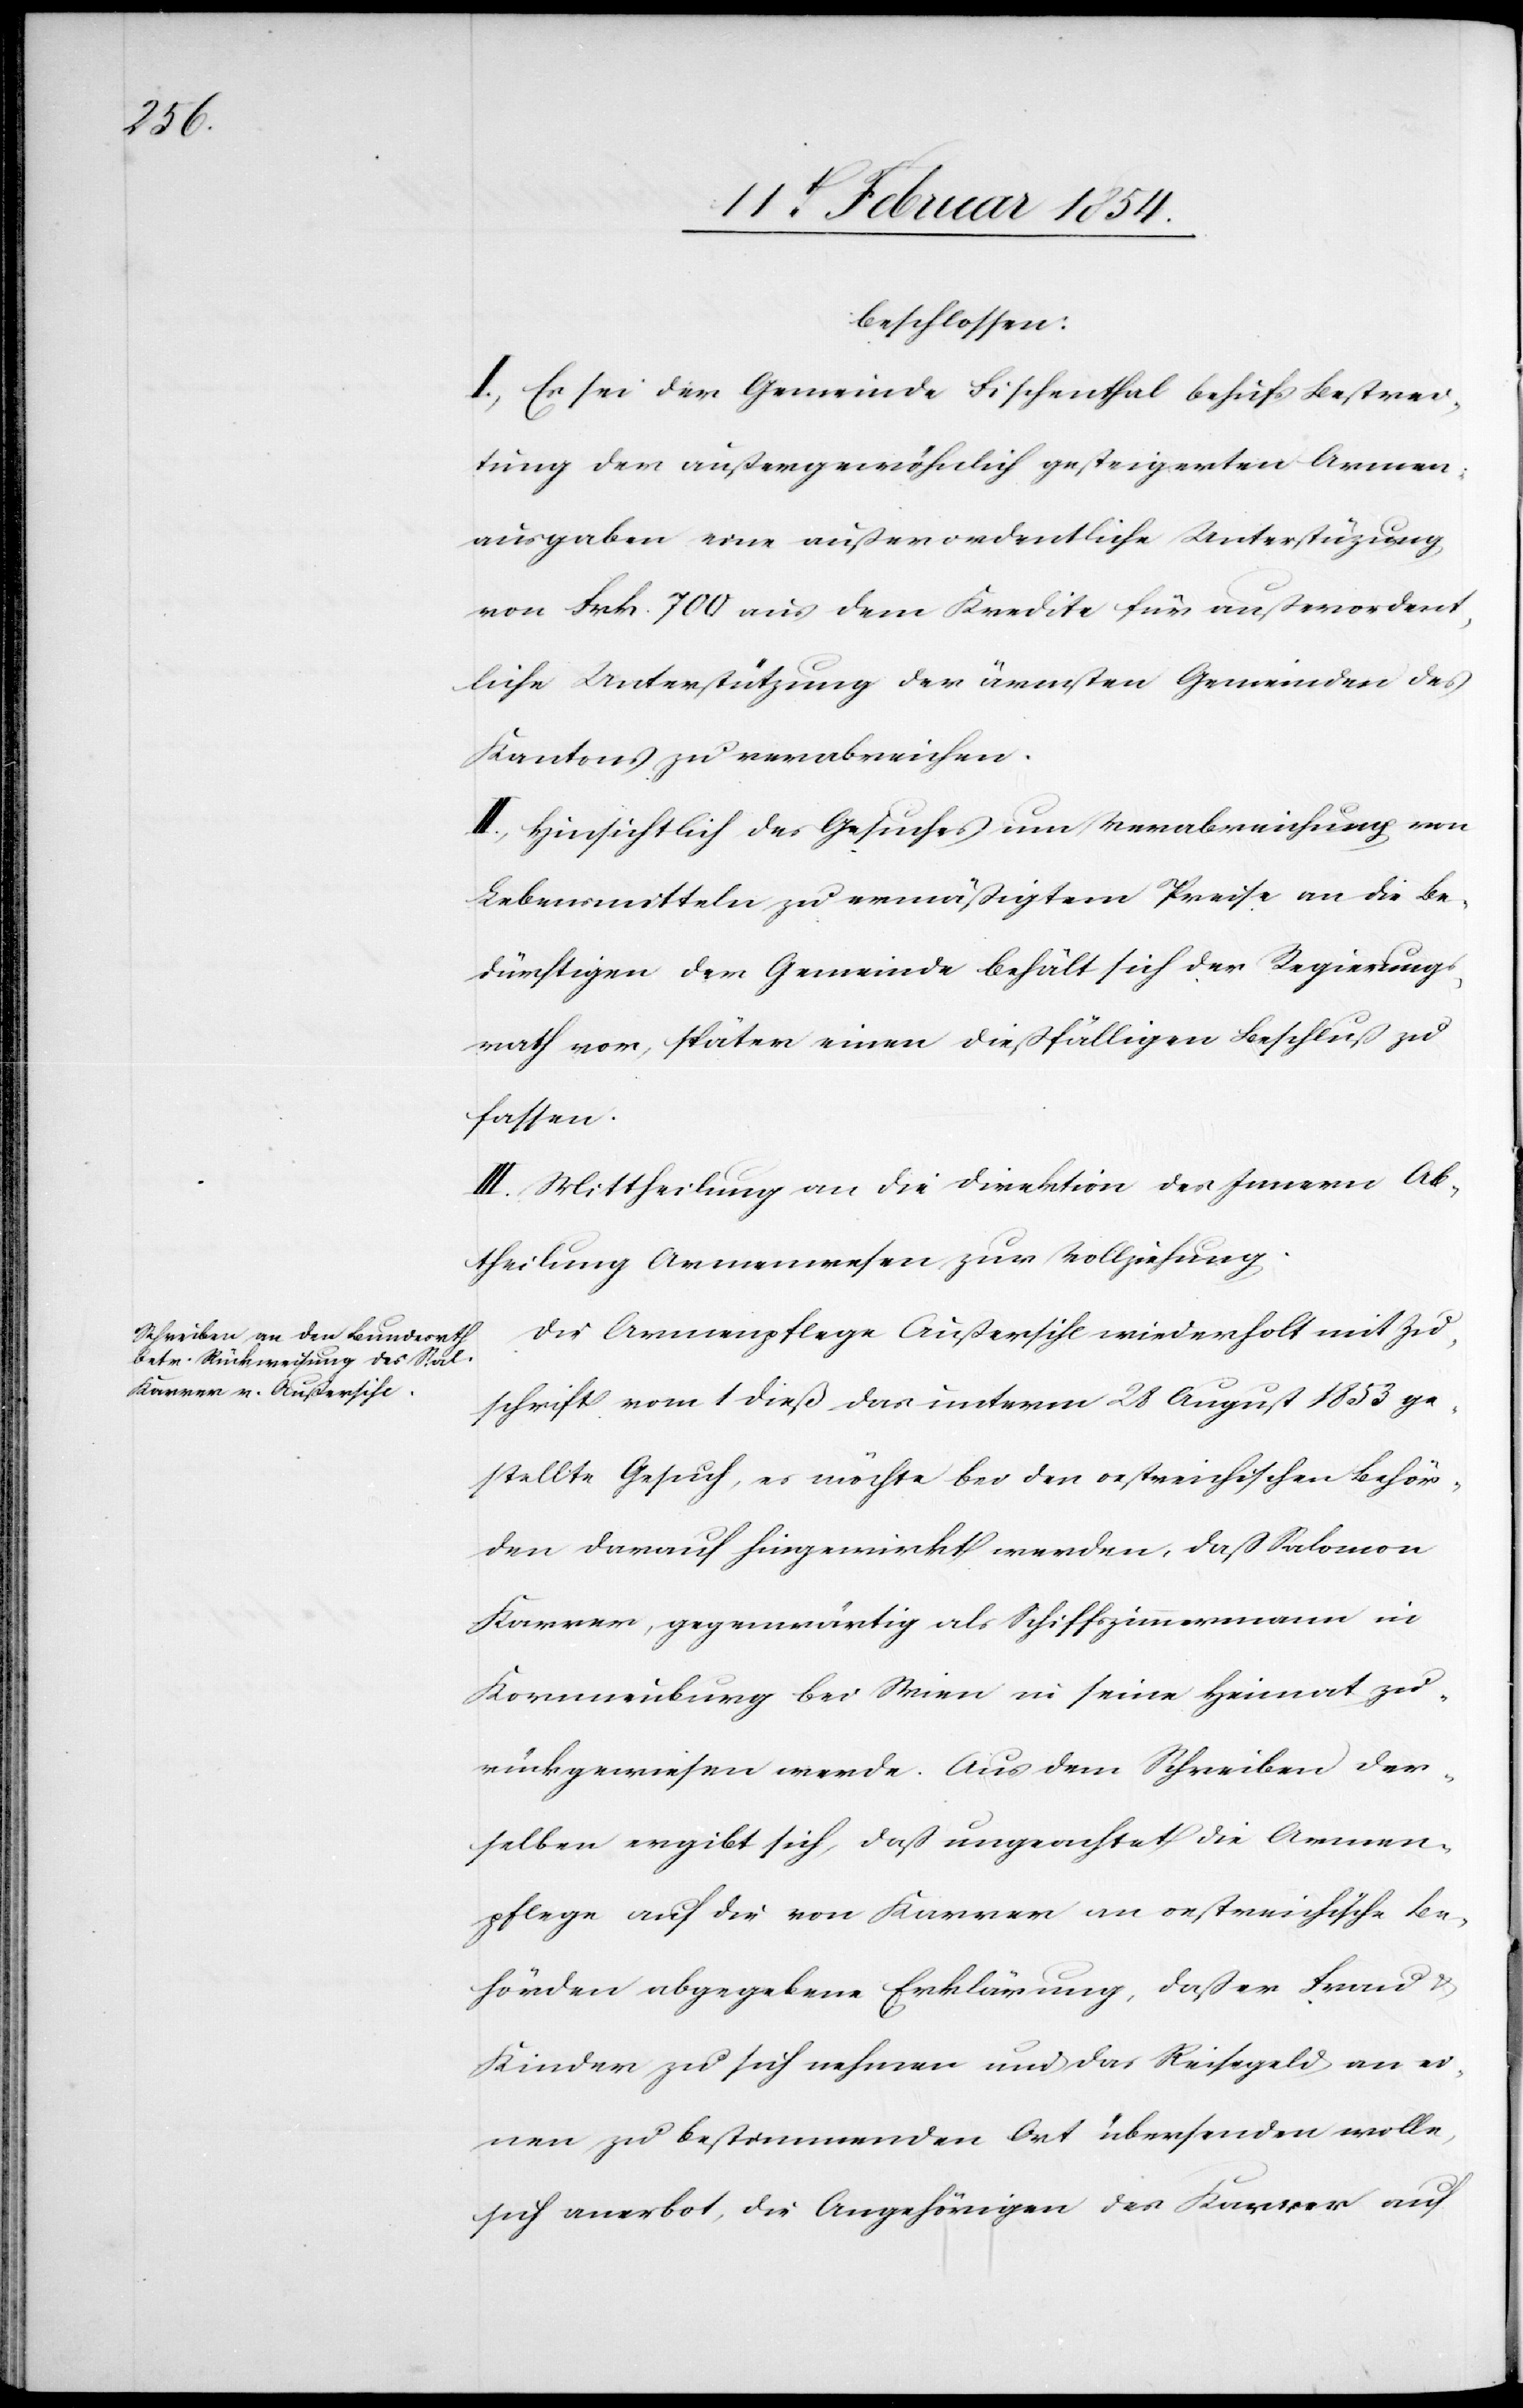
beschlossen:
I. Es sei die Gemeinde Fischenthal behufs Bestrei¬
tung der außergewöhnlich gesteigerten Armen¬
ausgaben eine außerordentliche Unterstützung
von Frk. 700 aus dem Kredite für außerordent¬
liche Unterstützung der ärmsten Gemeinden des
Kantons zu verabreichen.
II. Hinsichtlich des Gesuches um Verabreichung von
Lebensmitteln zu ermäßigtem Preise an die Be¬
dürftigen der Gemeinde behält sich der Regierungs¬
rath vor, später einen dießfälligen Beschluß zu
fassen.
II. Mittheilung an die Direktion des Innern Ab¬
theilung Armenwesen zur Vollziehung.
Die Armenpflege Außersihl wiederholt mit Zu¬
schrift vom 1 dieß das unterm 28 August 1853 ge¬
stellte Gesuch, es möchte bei den oestreichischen Behör¬
den darauf hingewirkt werden, daß Salomon
Kärrer, gegenwärtig als Schiffszimmermann in
Kornneuburg bei Wien in seine Heimat zu¬
rückgewiesen werde. Aus dem Schreiben der¬
selben ergibt sich, daß ungeachtet die Armen¬
pflege auf die von Kärrer an oestreichische Be¬
hörden abgegebene Erklärung, daß er Frau &
Kinder zu sich nehmen und das Reisegeld an ei¬
nen zu bestimmenden Ort übersenden wolle,
sich anerbot, die Angehörigen des Kärrer auf